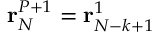
{ \bf r } _ { N } ^ { P + 1 } = { \bf r } _ { N - k + 1 } ^ { 1 }